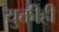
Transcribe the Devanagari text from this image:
युक्तीही